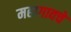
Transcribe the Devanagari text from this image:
महागावचे